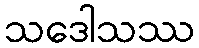
သဒေါသဿ